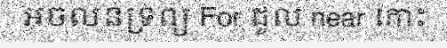
អចលនទ្រព្យ For ជួល near កោះ